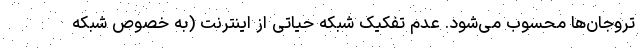
تروجان‌ها محسوب می‌شود. عدم تفکیک شبکه حیاتی از اینترنت (به خصوص شبکه